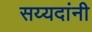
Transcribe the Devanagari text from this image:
सय्यदांनी